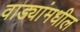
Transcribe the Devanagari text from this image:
वाड्यांमधील